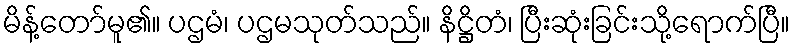
မိန့်တော်မူ၏။ ပဌမံ၊ ပဌမသုတ်သည်။ နိဋ္ဌိတံ၊ ပြီးဆုံးခြင်းသို့ရောက်ပြီ။